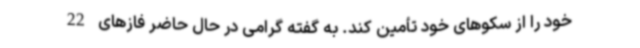
خود را از سکوهای خود تأمین کند. به گفته گرامی در حال حاضر فازهای 22